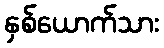
နှစ်ယောက်သား